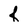
Character: f